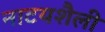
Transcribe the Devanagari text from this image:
नाटयशैली